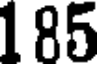
185